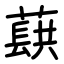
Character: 蕻